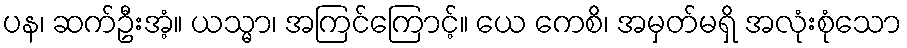
ပန၊ ဆက်ဦးအံ့။ ယသ္မာ၊ အကြင်ကြောင့်။ ယေ ကေစိ၊ အမှတ်မရှိ အလုံးစုံသော